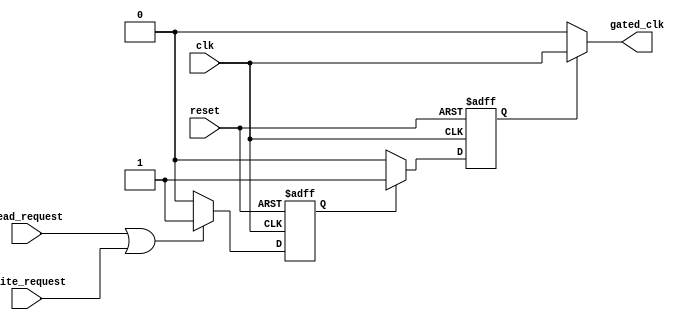
module dynamic_clock_gating (
    input wire clk,                // Main clock input
    input wire reset,              // Reset signal
    input wire read_request,       // Read request signal
    input wire write_request,      // Write request signal
    output wire gated_clk          // Gated clock output
);

    // Activity Monitor
    reg activity_detected;         // Signal to indicate activity
    always @(posedge clk or posedge reset) begin
        if (reset) begin
            activity_detected <= 1'b0; // Reset activity
        end
        else if (read_request || write_request) begin
            activity_detected <= 1'b1; // Set activity if request is detected
        end
        else begin
            activity_detected <= 1'b0; // Clear activity if no requests
        end
    end

    // Clock Gating Control Logic
    reg gated_enable;              // Enable signal for gated clock
    always @(posedge clk or posedge reset) begin
        if (reset) begin
            gated_enable <= 1'b1; // Default to gated clock enabled
        end
        else begin
            if (activity_detected) begin
                gated_enable <= 1'b1; // Enable clock if activity detected
            end
            else begin
                gated_enable <= 1'b0; // Disable clock if no activity
            end
        end
    end

    // Clock Gating Cell
    assign gated_clk = gated_enable ? clk : 1'b0; // Gated clock output

endmodule